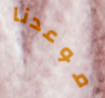
موعدنا